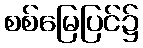
စစ်မြေပြင်၌